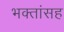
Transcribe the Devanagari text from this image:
भक्तांसह